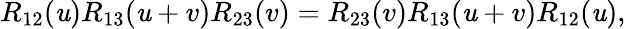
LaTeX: R_{12}(\mathit{u})R_{13}(\mathit{u}+v)R_{23}(v)=R_{23}(v)R_{13}(\mathit{u}+v)R_{12}(\mathit{u}),